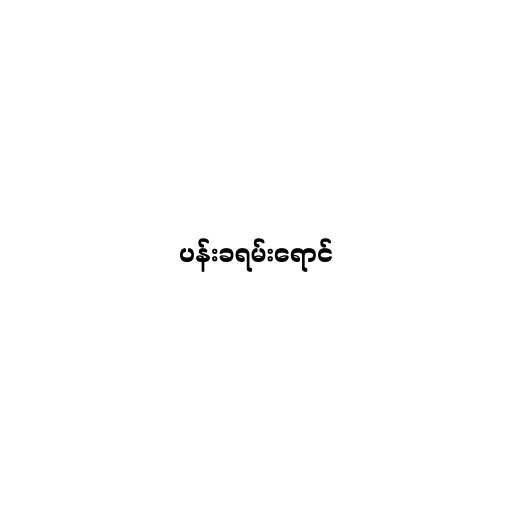
ပန်းခရမ်းရောင်